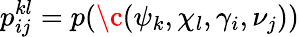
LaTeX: p_{ij}^{kl}=p(\c(\psi_{k},\chi_{l},\gamma_{i},\nu_{j}))